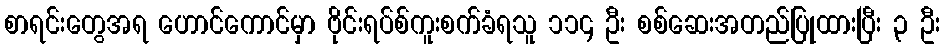
စာရင်းတွေအရ ဟောင်ကောင်မှာ ဗိုင်းရပ်စ်ကူးစက်ခံရသူ ၁၁၄ ဦး စစ်ဆေးအတည်ပြုထားပြီး ၃ ဦး